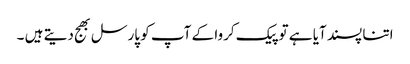
اتنا پسند آیا ہے تو پیک کروا کے آپ کو پارسل بھج دیتے ہیں ۔